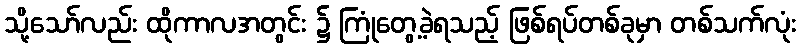
သို့သော်လည်း ထိုကာလအတွင်း ၌ ကြုံတွေ့ခဲ့ရသည့် ဖြစ်ရပ်တစ်ခုမှာ တစ်သက်လုံး